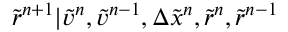
\tilde { r } ^ { n + 1 } | \tilde { v } ^ { n } , \tilde { v } ^ { n - 1 } , \Delta \tilde { x } ^ { n } , \tilde { r } ^ { n } , \tilde { r } ^ { n - 1 }